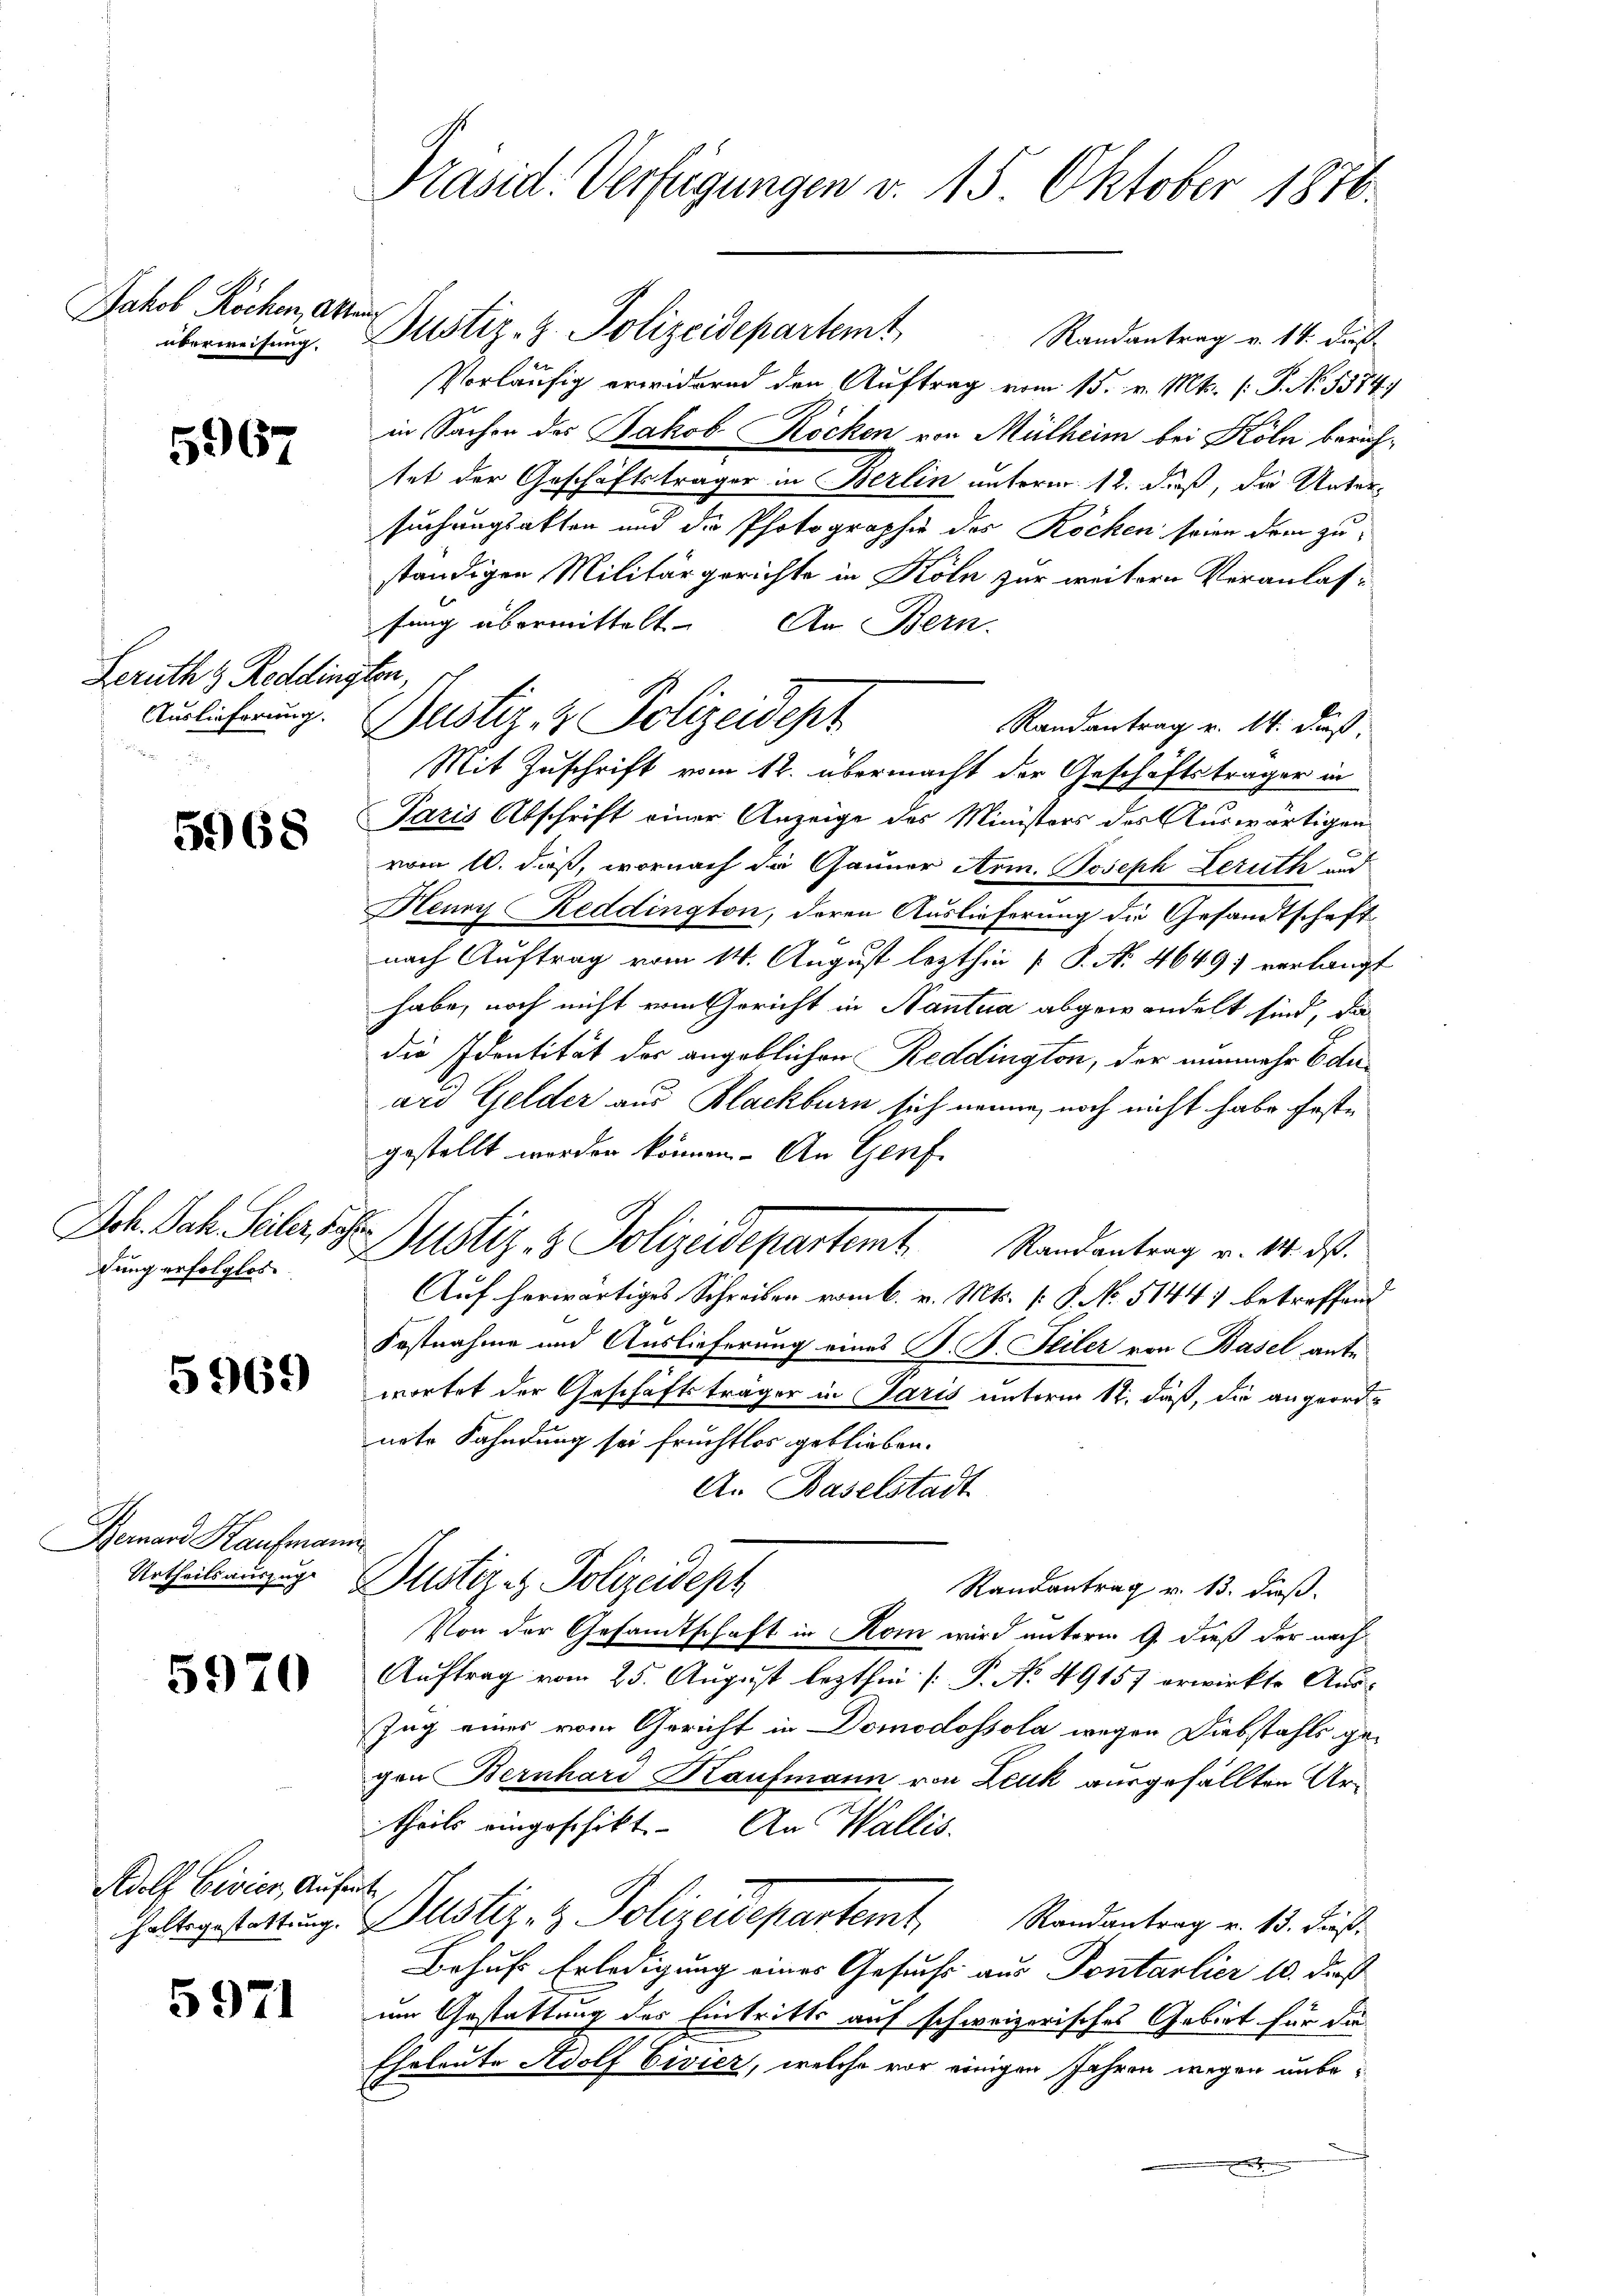
Jakob Röcken, Akten
überweisung.

5967

Leruth & Redding

5968

Sch. Jak. Seiler, 1.
dung erfolglos

5969

Bernard Kaufmann
Urtheilsauszug

5970

Adolf Civier, Aufer
haltsgestattung.

5971

d

Präsid. Verfügungen v. 15. Oktober 1876.

Justiz-Z. Polizeidepartemt Randantrag v. 14. dieß
Vorläufig erwidernd den Auftrag vom 15. v. Mts. (: P. No. 5574.
x
in Sachen des Jakob Rocken von Mülheim bei Köln berichtet der Geschäftsträger in Berlin unterm 12. daß, die Untersuchungsakten und die Photographie des Röcken seien dem zu
ständigen Militärgerichte in Köln zur weitern Veranlasfung übermittelt. An Bern.
n
Ausicherung. Justiz- & Polizeidept
Randantrag u. 14. daß
Mit Zuschrift vom 12. übermacht der Geschäftsträger in
Paris Abschrift einer Anzeige des Ministers des Auswärtigen
vom 10. dieß, wornach die Gauner Arm. Joseph Leruth und
Henry Reddington, deren Auslieferung die Gesandtschaft
nach Auftrag vom 14. August lezthin [ P. Nr. 4649; verlangt
habe, noch nicht vom Gericht in Nantua abgewandelt sind, da
die Identität der angeblichen Reddington, der nunmehr Eduard Gelder aus Blackburn sich nenne, noch nicht habe feste
gestellt worden können. An Genf
Justiz- & Polizeidepartemt. Randantrag v. 14. ds.
Auf herwärtiges Schreiben vom 6. v. Mts. [: P. No. 51447 betreffend
Festnahme und Auslieferung eines P. F. Stiler von Basel ante
wortet der Geschäftsträger in Paris unterm 12. daß, die angeord-
note Fahndung sei fruchtlos geblieben.
An Baselstadt
Justiz - Polizeidept
Randantrag v. 13. daß.
Von der Gesandtschaft in Rom wird unterm 9. dieß der nach
Auftrag vom 25. August lezthin /: P. No 49157 erwirkte Aus¬
Zug eines vom Gericht in Domodossola wegen Diebstahls gegen Bernhard Kaufmann von Leuk ausgefällten Artheils eingeschikt. An Wallis.
.
Justiz- & Polizeidepartemt, Randantrag v. 15. dies
Behufs Erledigung eines Gesuchs aus Pontarlier 10. dieß
um Gestattung des Eintritts auf schweizerisches Gebiet für die
Eheleute Adolf Civier, welche vor einigen Jahren wegen unbe¬
.